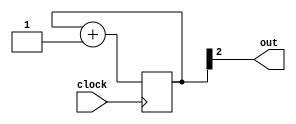
module divizor_simplu #(parameter N = 2)(input clock, output out);

reg [31:0] numar=0;

always @ (posedge clock)

     numar <= numar + 1;

assign out = numar[N];

endmodule